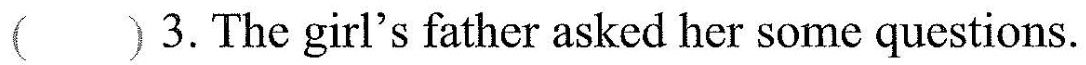
()3.The girl's father asked her some questions.